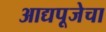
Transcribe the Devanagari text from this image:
आद्यपूजेचा